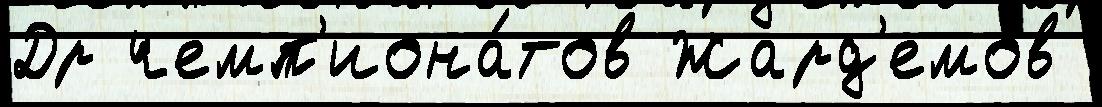
Др чемп'иона́тов Жард'емов